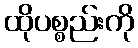
ထိုပစ္စည်းကို